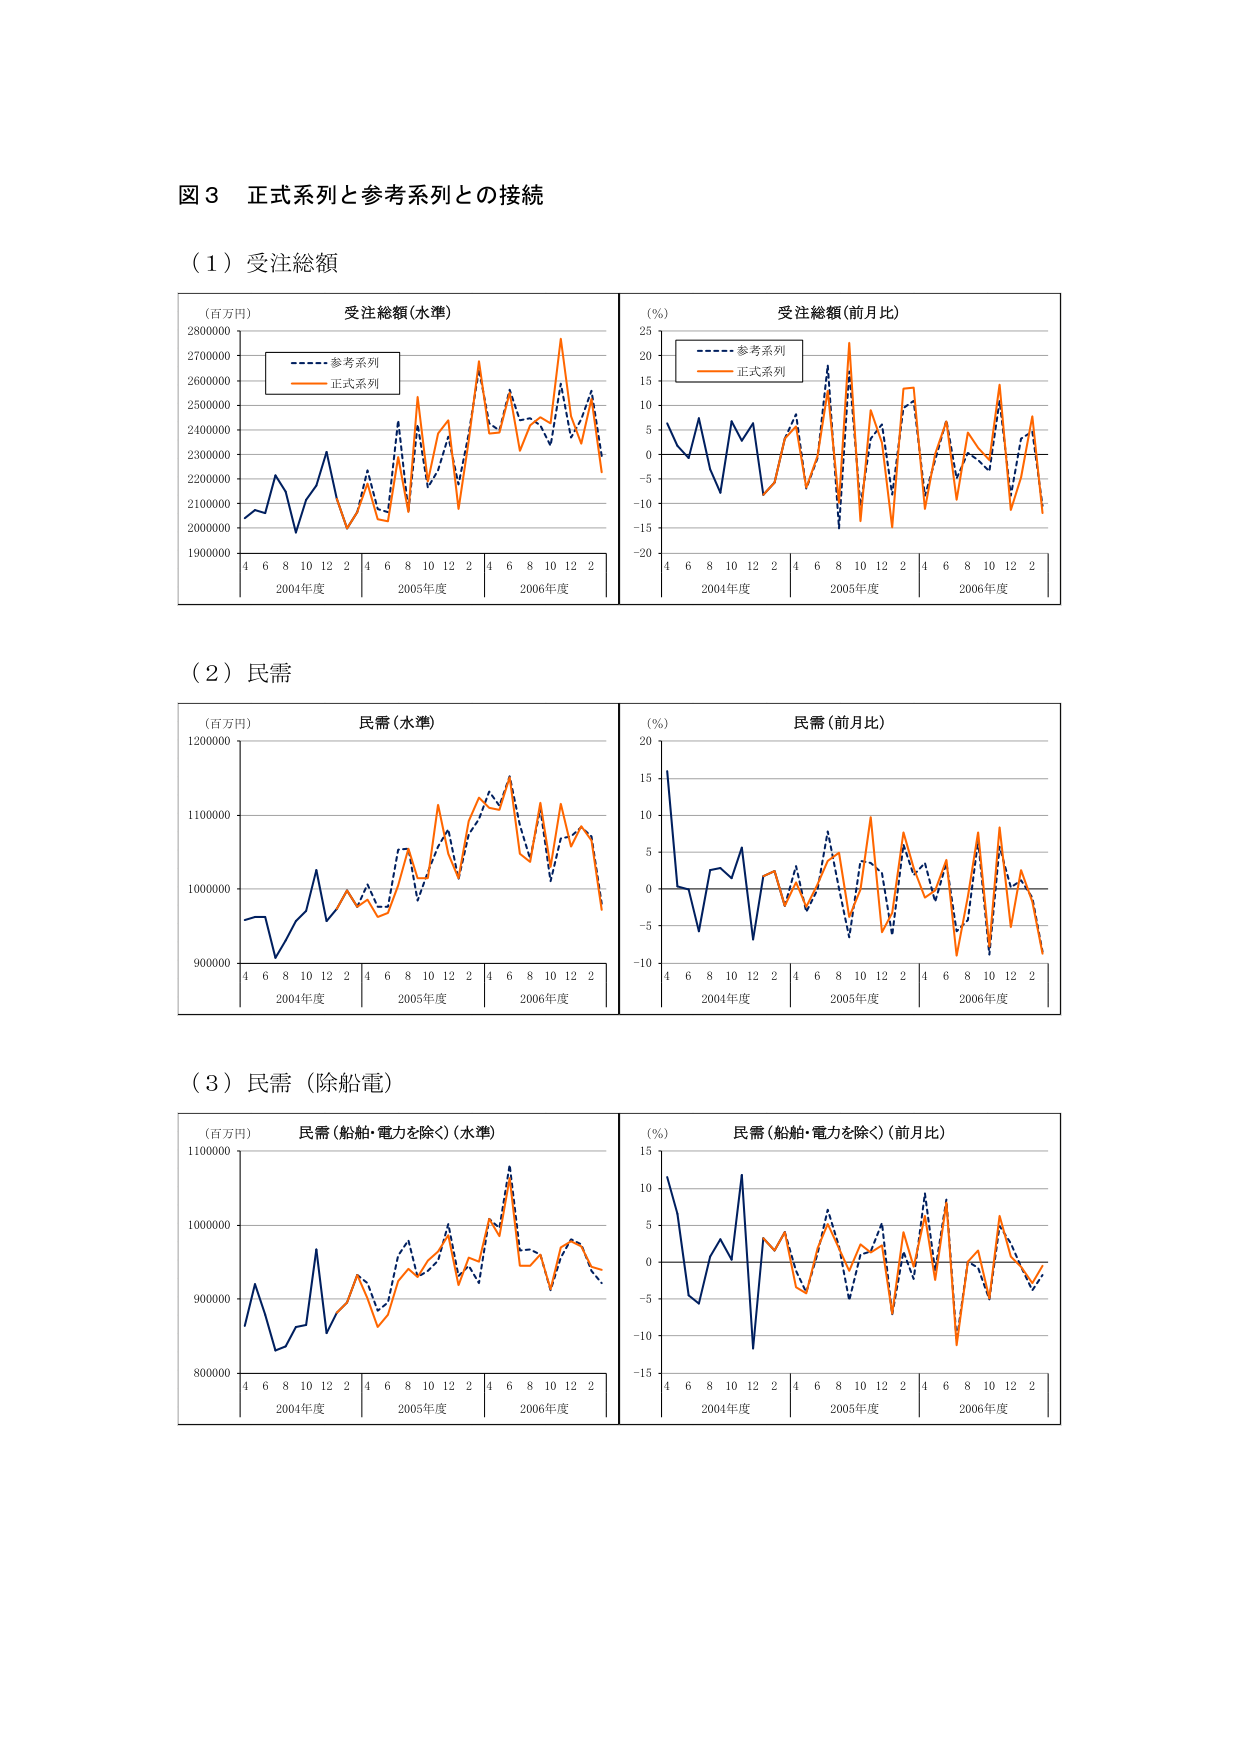
図３ 正式系列と参考系列との接続

（１）受注総額

（百万円） 受注総額（水準）
2800000
2700000
2600000
2500000
2400000
2300000
2200000
2100000
2000000
1900000
4 6 8 10 12 2 4 6 8 10 12 2 4 6 8 10 12 2
2004年度 2005年度 2006年度

（％） 受注総額（前月比）
25
20
15
10
5
0
-5
-10
-15
-20
4 6 8 10 12 2 4 6 8 10 12 2 4 6 8 10 12 2
2004年度 2005年度 2006年度

参考系列
正式系列

（２）民需

（百万円） 民需（水準）
1200000
1100000
1000000
900000
4 6 8 10 12 2 4 6 8 10 12 2 4 6 8 10 12 2
2004年度 2005年度 2006年度

（％） 民需（前月比）
20
15
10
5
0
-5
-10
4 6 8 10 12 2 4 6 8 10 12 2 4 6 8 10 12 2
2004年度 2005年度 2006年度

（３）民需（除船電）

（百万円） 民需（船舶・電力を除く）（水準）
1100000
1000000
900000
800000
4 6 8 10 12 2 4 6 8 10 12 2 4 6 8 10 12 2
2004年度 2005年度 2006年度

（％） 民需（船舶・電力を除く）（前月比）
15
10
5
0
-5
-10
-15
4 6 8 10 12 2 4 6 8 10 12 2 4 6 8 10 12 2
2004年度 2005年度 2006年度